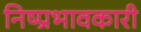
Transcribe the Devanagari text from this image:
निष्प्रभावकारी